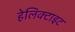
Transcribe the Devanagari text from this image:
हेलिक्टाइट